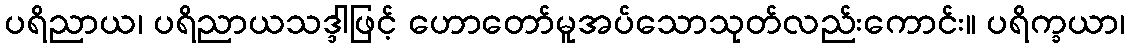
ပရိညာယ၊ ပရိညာယသဒ္ဒါဖြင့် ဟောတော်မူအပ်သောသုတ်လည်းကောင်း။ ပရိက္ခယာ၊